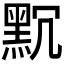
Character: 𪐨